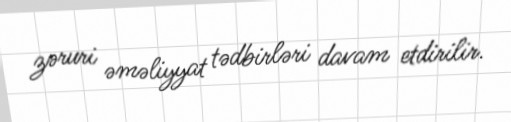
zəruri əməliyyat tədbirləri davam etdirilir.